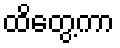
ထိတွေ့ကာ